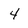
Character: 4